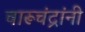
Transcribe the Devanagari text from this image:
चारूचंद्रांनी